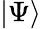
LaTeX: \left|\Psi\right>